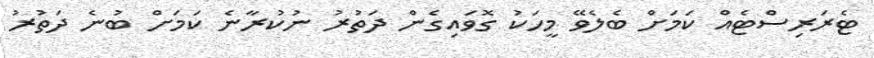
ޓެރަރިސްޓެއް ކަމަށް ބެލެވޭ މީހަކު ގޮވައިގެން ދަތުރު ނުކުރާނެ ކަމަށް ބުނެ ދަތުރު